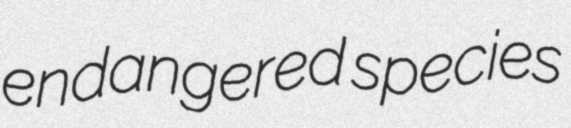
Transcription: endangered species